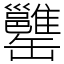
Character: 𦉥